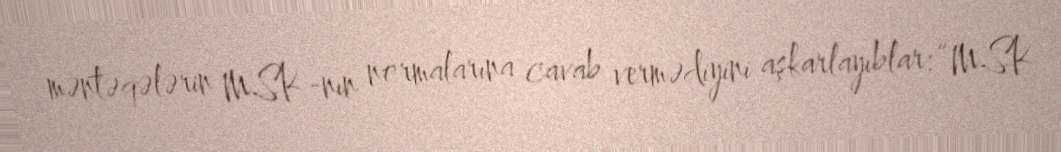
məntəqələrin MSK-nın normalarına cavab vermədiyini aşkarlayıblar: “MSK